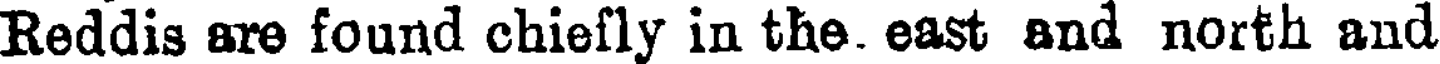
Reddis are found chiefly in the. east and north and